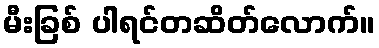
မီးခြစ် ပါရင်တဆိတ်လောက်။